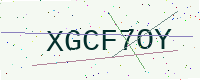
Text: XGCF7OY